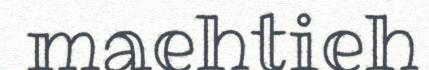
maehtieh